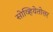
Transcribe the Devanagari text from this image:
सोव्हियेतोत्तर